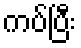
ကပ်ပြီး